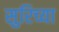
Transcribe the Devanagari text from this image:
सुरिच्या